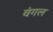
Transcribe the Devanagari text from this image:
वंगल